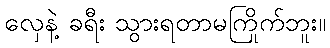
လှေနဲ့ ခရီး သွားရတာမကြိုက်ဘူး။